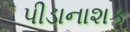
પીડાનાશક